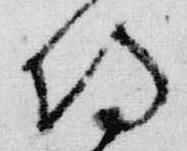
侍